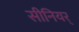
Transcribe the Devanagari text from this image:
सीनियर्